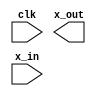
module Lab07_IP (
  clk, x_out, x_in
)/* synthesis syn_black_box syn_noprune=1 */;
  input clk;
  output [4 : 0] x_out;
  input [7 : 0] x_in;
  // synthesis translate_off
  wire sig00000001;
  wire sig00000002;
  wire sig00000003;
  wire sig00000004;
  wire sig00000005;
  wire sig00000006;
  wire sig00000007;
  wire sig00000008;
  wire sig00000009;
  wire sig0000000a;
  wire sig0000000b;
  wire sig0000000c;
  wire sig0000000d;
  wire sig0000000e;
  wire sig0000000f;
  wire sig00000010;
  wire sig00000011;
  wire sig00000012;
  wire sig00000013;
  wire sig00000014;
  wire sig00000015;
  wire sig00000016;
  wire sig00000017;
  wire sig00000018;
  wire sig00000019;
  wire sig0000001a;
  wire sig0000001b;
  wire sig0000001c;
  wire sig0000001d;
  wire sig0000001e;
  wire sig0000001f;
  wire sig00000020;
  wire sig00000021;
  wire sig00000022;
  wire sig00000023;
  wire sig00000024;
  wire sig00000025;
  wire sig00000026;
  wire sig00000027;
  wire sig00000028;
  wire sig00000029;
  wire sig0000002a;
  wire sig0000002b;
  wire sig0000002c;
  wire sig0000002d;
  wire sig0000002e;
  wire \U0/i_synth/gen_sqrt.square_root/gen_iterations[5].gen_last.gen_no_round.gen_sqrt_tmp/d_reg<0> ;
  wire \U0/i_synth/gen_sqrt.square_root/gen_iterations[5].gen_last.gen_no_round.gen_sqrt_tmp/d_reg<1> ;
  wire \U0/i_synth/gen_sqrt.square_root/gen_iterations[5].gen_last.gen_no_round.gen_sqrt_tmp/d_reg<2> ;
  wire \U0/i_synth/gen_sqrt.square_root/gen_iterations[5].gen_last.gen_no_round.gen_sqrt_tmp/d_reg<3> ;
  wire \U0/i_synth/gen_sqrt.square_root/gen_iterations[5].gen_last.gen_no_round.gen_sqrt_tmp/d_reg<4> ;
  wire sig0000002f;
  wire sig00000030;
  wire sig00000031;
  wire sig00000032;
  wire sig00000033;
  wire sig00000034;
  wire sig00000035;
  wire sig00000036;
  wire sig00000037;
  wire sig00000038;
  wire sig00000039;
  wire sig0000003a;
  wire sig0000003b;
  wire sig0000003c;
  wire sig0000003d;
  wire sig0000003e;
  wire sig0000003f;
  wire sig00000040;
  wire sig00000041;
  wire sig00000042;
  wire sig00000043;
  wire \blk0000000c/sig00000064 ;
  wire \blk0000000c/sig00000063 ;
  wire \blk0000000c/sig00000062 ;
  wire \blk0000000c/sig00000061 ;
  wire \blk0000000c/sig00000060 ;
  wire \blk0000000c/sig0000005f ;
  wire \blk0000000c/sig0000005e ;
  wire \blk0000000c/sig0000005d ;
  wire \blk0000000c/sig0000005c ;
  wire \blk0000000c/sig0000005b ;
  wire \blk0000000c/sig0000005a ;
  wire \blk0000000c/sig00000059 ;
  wire \blk0000000c/sig00000058 ;
  wire \blk0000000c/sig00000057 ;
  wire \blk0000000c/sig00000056 ;
  wire \blk0000000c/sig00000054 ;
  wire \blk0000000c/sig0000004e ;
  wire \blk0000002b/sig0000007e ;
  wire \blk0000002b/sig0000007d ;
  wire \blk0000002b/sig0000007c ;
  wire \blk0000002b/sig0000007b ;
  wire \blk0000002b/sig0000007a ;
  wire \blk0000002b/sig00000079 ;
  wire \blk0000002b/sig00000078 ;
  wire \blk0000002b/sig00000077 ;
  wire \blk0000002b/sig00000076 ;
  wire \blk0000002b/sig00000075 ;
  wire \blk0000002b/sig00000074 ;
  wire \blk0000002b/sig00000073 ;
  wire \blk0000002b/sig00000071 ;
  wire \blk0000002b/sig0000006c ;
  wire \blk0000003f/sig000000a4 ;
  wire \blk0000003f/sig000000a3 ;
  wire \blk0000003f/sig000000a2 ;
  wire \blk0000003f/sig000000a1 ;
  wire \blk0000003f/sig000000a0 ;
  wire \blk0000003f/sig0000009f ;
  wire \blk0000003f/sig0000009e ;
  wire \blk0000003f/sig0000009d ;
  wire \blk0000003f/sig0000009c ;
  wire \blk0000003f/sig0000009b ;
  wire \blk0000003f/sig0000009a ;
  wire \blk0000003f/sig00000099 ;
  wire \blk0000003f/sig00000098 ;
  wire \blk0000003f/sig00000097 ;
  wire \blk0000003f/sig00000096 ;
  wire \blk0000003f/sig00000095 ;
  wire \blk0000003f/sig00000094 ;
  wire \blk0000003f/sig00000092 ;
  wire \blk0000003f/sig00000091 ;
  wire \blk0000003f/sig00000090 ;
  wire \blk0000003f/sig0000008f ;
  wire \blk0000003f/sig0000008e ;
  wire \blk0000003f/sig0000008d ;
  wire \blk0000003f/sig0000008c ;
  wire \blk0000003f/sig0000008b ;
  assign
    x_out[4] = \U0/i_synth/gen_sqrt.square_root/gen_iterations[5].gen_last.gen_no_round.gen_sqrt_tmp/d_reg<4> ,
    x_out[3] = \U0/i_synth/gen_sqrt.square_root/gen_iterations[5].gen_last.gen_no_round.gen_sqrt_tmp/d_reg<3> ,
    x_out[2] = \U0/i_synth/gen_sqrt.square_root/gen_iterations[5].gen_last.gen_no_round.gen_sqrt_tmp/d_reg<2> ,
    x_out[1] = \U0/i_synth/gen_sqrt.square_root/gen_iterations[5].gen_last.gen_no_round.gen_sqrt_tmp/d_reg<1> ,
    x_out[0] = \U0/i_synth/gen_sqrt.square_root/gen_iterations[5].gen_last.gen_no_round.gen_sqrt_tmp/d_reg<0> ;
  GND   blk00000001 (
    .G(sig00000001)
  );
  VCC   blk00000002 (
    .P(sig00000002)
  );
  FDRE #(
    .INIT ( 1'b0 ))
  blk00000003 (
    .C(clk),
    .CE(sig00000002),
    .D(sig0000001e),
    .R(sig00000001),
    .Q(sig00000013)
  );
  FDRE #(
    .INIT ( 1'b0 ))
  blk00000004 (
    .C(clk),
    .CE(sig00000002),
    .D(sig0000001d),
    .R(sig00000001),
    .Q(sig00000012)
  );
  FDRE #(
    .INIT ( 1'b0 ))
  blk00000005 (
    .C(clk),
    .CE(sig00000002),
    .D(sig0000001c),
    .R(sig00000001),
    .Q(sig00000011)
  );
  FDRE #(
    .INIT ( 1'b0 ))
  blk00000006 (
    .C(clk),
    .CE(sig00000002),
    .D(sig0000001b),
    .R(sig00000001),
    .Q(sig00000010)
  );
  FDRE #(
    .INIT ( 1'b0 ))
  blk00000007 (
    .C(clk),
    .CE(sig00000002),
    .D(sig0000001a),
    .R(sig00000001),
    .Q(sig0000000f)
  );
  FDRE #(
    .INIT ( 1'b0 ))
  blk00000008 (
    .C(clk),
    .CE(sig00000002),
    .D(sig00000021),
    .R(sig00000001),
    .Q(sig0000000e)
  );
  FDRE #(
    .INIT ( 1'b0 ))
  blk00000009 (
    .C(clk),
    .CE(sig00000002),
    .D(sig00000020),
    .R(sig00000001),
    .Q(sig0000000d)
  );
  FDRE #(
    .INIT ( 1'b0 ))
  blk0000000a (
    .C(clk),
    .CE(sig00000002),
    .D(sig0000001f),
    .R(sig00000001),
    .Q(sig0000000c)
  );
  FDRE #(
    .INIT ( 1'b0 ))
  blk0000000b (
    .C(clk),
    .CE(sig00000002),
    .D(sig00000019),
    .R(sig00000001),
    .Q(sig0000000b)
  );
  FD #(
    .INIT ( 1'b0 ))
  blk00000024 (
    .C(clk),
    .D(sig00000002),
    .Q(sig00000021)
  );
  FD #(
    .INIT ( 1'b0 ))
  blk00000025 (
    .C(clk),
    .D(sig0000003c),
    .Q(sig00000020)
  );
  FD #(
    .INIT ( 1'b0 ))
  blk00000026 (
    .C(clk),
    .D(sig0000002a),
    .Q(sig0000001f)
  );
  FDRE #(
    .INIT ( 1'b0 ))
  blk00000027 (
    .C(clk),
    .CE(sig00000002),
    .D(sig0000002e),
    .R(sig00000001),
    .Q(sig00000025)
  );
  FDRE #(
    .INIT ( 1'b0 ))
  blk00000028 (
    .C(clk),
    .CE(sig00000002),
    .D(sig0000002d),
    .R(sig00000001),
    .Q(sig00000024)
  );
  FDRE #(
    .INIT ( 1'b0 ))
  blk00000029 (
    .C(clk),
    .CE(sig00000002),
    .D(sig0000002c),
    .R(sig00000001),
    .Q(sig00000023)
  );
  FDRE #(
    .INIT ( 1'b0 ))
  blk0000002a (
    .C(clk),
    .CE(sig00000002),
    .D(sig0000002b),
    .R(sig00000001),
    .Q(sig00000022)
  );
  FD #(
    .INIT ( 1'b0 ))
  blk0000005a (
    .C(clk),
    .D(x_in[4]),
    .Q(sig00000003)
  );
  FD #(
    .INIT ( 1'b0 ))
  blk0000005b (
    .C(clk),
    .D(x_in[5]),
    .Q(sig00000004)
  );
  FD #(
    .INIT ( 1'b0 ))
  blk0000005c (
    .C(clk),
    .D(x_in[6]),
    .Q(sig00000005)
  );
  FD #(
    .INIT ( 1'b0 ))
  blk0000005d (
    .C(clk),
    .D(x_in[7]),
    .Q(sig00000006)
  );
  FDRE #(
    .INIT ( 1'b0 ))
  blk0000005e (
    .C(clk),
    .CE(sig00000002),
    .D(sig0000000e),
    .R(sig00000001),
    .Q(sig00000037)
  );
  FDRE #(
    .INIT ( 1'b0 ))
  blk0000005f (
    .C(clk),
    .CE(sig00000002),
    .D(sig0000000d),
    .R(sig00000001),
    .Q(sig00000036)
  );
  FDRE #(
    .INIT ( 1'b0 ))
  blk00000060 (
    .C(clk),
    .CE(sig00000002),
    .D(sig0000000c),
    .R(sig00000001),
    .Q(sig00000035)
  );
  FDRE #(
    .INIT ( 1'b0 ))
  blk00000061 (
    .C(clk),
    .CE(sig00000002),
    .D(sig0000000b),
    .R(sig00000001),
    .Q(sig00000034)
  );
  FDRE #(
    .INIT ( 1'b0 ))
  blk00000062 (
    .C(clk),
    .CE(sig00000002),
    .D(sig00000038),
    .R(sig00000001),
    .Q(sig00000033)
  );
  FDRE #(
    .INIT ( 1'b0 ))
  blk00000063 (
    .C(clk),
    .CE(sig0000003b),
    .D(sig0000003d),
    .R(sig00000001),
    .Q(\U0/i_synth/gen_sqrt.square_root/gen_iterations[5].gen_last.gen_no_round.gen_sqrt_tmp/d_reg<0> )
  );
  FDRE #(
    .INIT ( 1'b0 ))
  blk00000064 (
    .C(clk),
    .CE(sig0000003b),
    .D(sig0000003e),
    .R(sig00000001),
    .Q(\U0/i_synth/gen_sqrt.square_root/gen_iterations[5].gen_last.gen_no_round.gen_sqrt_tmp/d_reg<1> )
  );
  FDRE #(
    .INIT ( 1'b0 ))
  blk00000065 (
    .C(clk),
    .CE(sig0000003b),
    .D(sig0000003f),
    .R(sig00000001),
    .Q(\U0/i_synth/gen_sqrt.square_root/gen_iterations[5].gen_last.gen_no_round.gen_sqrt_tmp/d_reg<2> )
  );
  FDRE #(
    .INIT ( 1'b0 ))
  blk00000066 (
    .C(clk),
    .CE(sig0000003b),
    .D(sig00000040),
    .R(sig00000001),
    .Q(\U0/i_synth/gen_sqrt.square_root/gen_iterations[5].gen_last.gen_no_round.gen_sqrt_tmp/d_reg<3> )
  );
  FDRE #(
    .INIT ( 1'b0 ))
  blk00000067 (
    .C(clk),
    .CE(sig0000003b),
    .D(sig00000041),
    .R(sig00000001),
    .Q(\U0/i_synth/gen_sqrt.square_root/gen_iterations[5].gen_last.gen_no_round.gen_sqrt_tmp/d_reg<4> )
  );
  FD #(
    .INIT ( 1'b0 ))
  blk00000068 (
    .C(clk),
    .D(sig00000021),
    .Q(sig00000039)
  );
  FD #(
    .INIT ( 1'b0 ))
  blk00000069 (
    .C(clk),
    .D(sig00000039),
    .Q(sig0000003a)
  );
  FD #(
    .INIT ( 1'b0 ))
  blk0000006a (
    .C(clk),
    .D(sig0000003a),
    .Q(sig0000003b)
  );
  LUT3 #(
    .INIT ( 8'hAC ))
  blk0000006b (
    .I0(sig00000024),
    .I1(sig00000018),
    .I2(sig00000019),
    .O(sig0000001e)
  );
  LUT3 #(
    .INIT ( 8'hAC ))
  blk0000006c (
    .I0(sig00000023),
    .I1(sig00000017),
    .I2(sig00000019),
    .O(sig0000001d)
  );
  LUT3 #(
    .INIT ( 8'hAC ))
  blk0000006d (
    .I0(sig00000022),
    .I1(sig00000016),
    .I2(sig00000019),
    .O(sig0000001c)
  );
  LUT3 #(
    .INIT ( 8'hAC ))
  blk0000006e (
    .I0(sig0000000a),
    .I1(sig00000015),
    .I2(sig00000019),
    .O(sig0000001b)
  );
  LUT3 #(
    .INIT ( 8'hAC ))
  blk0000006f (
    .I0(sig00000009),
    .I1(sig00000014),
    .I2(sig00000019),
    .O(sig0000001a)
  );
  LUT2 #(
    .INIT ( 4'h8 ))
  blk00000070 (
    .I0(sig00000005),
    .I1(sig00000006),
    .O(sig00000043)
  );
  LUT2 #(
    .INIT ( 4'h1 ))
  blk00000071 (
    .I0(sig00000005),
    .I1(sig00000006),
    .O(sig0000003c)
  );
  LUT2 #(
    .INIT ( 4'h4 ))
  blk00000072 (
    .I0(sig00000005),
    .I1(sig00000006),
    .O(sig00000042)
  );
  LUT3 #(
    .INIT ( 8'hAC ))
  blk00000073 (
    .I0(sig00000043),
    .I1(sig00000029),
    .I2(sig0000002a),
    .O(sig0000002e)
  );
  LUT3 #(
    .INIT ( 8'hAC ))
  blk00000074 (
    .I0(sig00000042),
    .I1(sig00000028),
    .I2(sig0000002a),
    .O(sig0000002d)
  );
  LUT3 #(
    .INIT ( 8'hAC ))
  blk00000075 (
    .I0(sig00000004),
    .I1(sig00000027),
    .I2(sig0000002a),
    .O(sig0000002c)
  );
  LUT3 #(
    .INIT ( 8'hAC ))
  blk00000076 (
    .I0(sig00000003),
    .I1(sig00000026),
    .I2(sig0000002a),
    .O(sig0000002b)
  );
  INV   blk00000077 (
    .I(sig00000037),
    .O(sig00000041)
  );
  INV   blk00000078 (
    .I(sig00000036),
    .O(sig00000040)
  );
  INV   blk00000079 (
    .I(sig00000035),
    .O(sig0000003f)
  );
  INV   blk0000007a (
    .I(sig00000034),
    .O(sig0000003e)
  );
  INV   blk0000007b (
    .I(sig00000033),
    .O(sig0000003d)
  );
  SRL16 #(
    .INIT ( 16'h0000 ))
  blk0000007c (
    .A0(sig00000001),
    .A1(sig00000001),
    .A2(sig00000001),
    .A3(sig00000001),
    .CLK(clk),
    .D(x_in[3]),
    .Q(sig00000008)
  );
  FD #(
    .INIT ( 1'b0 ))
  blk0000007d (
    .C(clk),
    .D(sig00000008),
    .Q(sig0000000a)
  );
  SRL16 #(
    .INIT ( 16'h0000 ))
  blk0000007e (
    .A0(sig00000001),
    .A1(sig00000001),
    .A2(sig00000001),
    .A3(sig00000001),
    .CLK(clk),
    .D(x_in[2]),
    .Q(sig00000007)
  );
  FD #(
    .INIT ( 1'b0 ))
  blk0000007f (
    .C(clk),
    .D(sig00000007),
    .Q(sig00000009)
  );
  SRL16 #(
    .INIT ( 16'h0000 ))
  blk00000080 (
    .A0(sig00000002),
    .A1(sig00000001),
    .A2(sig00000001),
    .A3(sig00000001),
    .CLK(clk),
    .D(x_in[1]),
    .Q(sig00000030)
  );
  FD #(
    .INIT ( 1'b0 ))
  blk00000081 (
    .C(clk),
    .D(sig00000030),
    .Q(sig00000032)
  );
  SRL16 #(
    .INIT ( 16'h0000 ))
  blk00000082 (
    .A0(sig00000002),
    .A1(sig00000001),
    .A2(sig00000001),
    .A3(sig00000001),
    .CLK(clk),
    .D(x_in[0]),
    .Q(sig0000002f)
  );
  FD #(
    .INIT ( 1'b0 ))
  blk00000083 (
    .C(clk),
    .D(sig0000002f),
    .Q(sig00000031)
  );
  INV   \blk0000000c/blk00000023  (
    .I(sig00000009),
    .O(\blk0000000c/sig0000005e )
  );
  INV   \blk0000000c/blk00000022  (
    .I(sig0000000a),
    .O(\blk0000000c/sig0000005f )
  );
  INV   \blk0000000c/blk00000021  (
    .I(sig00000025),
    .O(\blk0000000c/sig00000063 )
  );
  LUT2 #(
    .INIT ( 4'h6 ))
  \blk0000000c/blk00000020  (
    .I0(sig0000001f),
    .I1(sig00000022),
    .O(\blk0000000c/sig00000060 )
  );
  LUT2 #(
    .INIT ( 4'h6 ))
  \blk0000000c/blk0000001f  (
    .I0(sig00000020),
    .I1(sig00000023),
    .O(\blk0000000c/sig00000061 )
  );
  LUT2 #(
    .INIT ( 4'h6 ))
  \blk0000000c/blk0000001e  (
    .I0(sig00000021),
    .I1(sig00000024),
    .O(\blk0000000c/sig00000062 )
  );
  MUXCY   \blk0000000c/blk0000001d  (
    .CI(\blk0000000c/sig0000004e ),
    .DI(sig00000009),
    .S(\blk0000000c/sig0000005e ),
    .O(\blk0000000c/sig00000057 )
  );
  XORCY   \blk0000000c/blk0000001c  (
    .CI(\blk0000000c/sig0000004e ),
    .LI(\blk0000000c/sig0000005e ),
    .O(sig00000014)
  );
  XORCY   \blk0000000c/blk0000001b  (
    .CI(\blk0000000c/sig0000005d ),
    .LI(\blk0000000c/sig00000064 ),
    .O(\blk0000000c/sig00000056 )
  );
  MUXCY   \blk0000000c/blk0000001a  (
    .CI(\blk0000000c/sig00000057 ),
    .DI(sig0000000a),
    .S(\blk0000000c/sig0000005f ),
    .O(\blk0000000c/sig00000058 )
  );
  XORCY   \blk0000000c/blk00000019  (
    .CI(\blk0000000c/sig00000057 ),
    .LI(\blk0000000c/sig0000005f ),
    .O(sig00000015)
  );
  MUXCY   \blk0000000c/blk00000018  (
    .CI(\blk0000000c/sig00000058 ),
    .DI(sig00000022),
    .S(\blk0000000c/sig00000060 ),
    .O(\blk0000000c/sig00000059 )
  );
  XORCY   \blk0000000c/blk00000017  (
    .CI(\blk0000000c/sig00000058 ),
    .LI(\blk0000000c/sig00000060 ),
    .O(sig00000016)
  );
  MUXCY   \blk0000000c/blk00000016  (
    .CI(\blk0000000c/sig00000059 ),
    .DI(sig00000023),
    .S(\blk0000000c/sig00000061 ),
    .O(\blk0000000c/sig0000005a )
  );
  XORCY   \blk0000000c/blk00000015  (
    .CI(\blk0000000c/sig00000059 ),
    .LI(\blk0000000c/sig00000061 ),
    .O(sig00000017)
  );
  MUXCY   \blk0000000c/blk00000014  (
    .CI(\blk0000000c/sig0000005a ),
    .DI(sig00000024),
    .S(\blk0000000c/sig00000062 ),
    .O(\blk0000000c/sig0000005b )
  );
  XORCY   \blk0000000c/blk00000013  (
    .CI(\blk0000000c/sig0000005a ),
    .LI(\blk0000000c/sig00000062 ),
    .O(sig00000018)
  );
  MUXCY   \blk0000000c/blk00000012  (
    .CI(\blk0000000c/sig0000005b ),
    .DI(sig00000025),
    .S(\blk0000000c/sig00000063 ),
    .O(\blk0000000c/sig0000005c )
  );
  XORCY   \blk0000000c/blk00000011  (
    .CI(\blk0000000c/sig0000005b ),
    .LI(\blk0000000c/sig00000063 ),
    .O(\blk0000000c/sig00000054 )
  );
  MUXCY   \blk0000000c/blk00000010  (
    .CI(\blk0000000c/sig0000005c ),
    .DI(sig00000001),
    .S(\blk0000000c/sig00000064 ),
    .O(\blk0000000c/sig0000005d )
  );
  XORCY   \blk0000000c/blk0000000f  (
    .CI(\blk0000000c/sig0000005c ),
    .LI(\blk0000000c/sig00000064 ),
    .O(sig00000019)
  );
  VCC   \blk0000000c/blk0000000e  (
    .P(\blk0000000c/sig00000064 )
  );
  GND   \blk0000000c/blk0000000d  (
    .G(\blk0000000c/sig0000004e )
  );
  INV   \blk0000002b/blk0000003e  (
    .I(sig00000043),
    .O(\blk0000002b/sig0000007d )
  );
  INV   \blk0000002b/blk0000003d  (
    .I(sig00000003),
    .O(\blk0000002b/sig0000007a )
  );
  INV   \blk0000002b/blk0000003c  (
    .I(sig00000004),
    .O(\blk0000002b/sig0000007b )
  );
  LUT2 #(
    .INIT ( 4'h6 ))
  \blk0000002b/blk0000003b  (
    .I0(sig0000003c),
    .I1(sig00000042),
    .O(\blk0000002b/sig0000007c )
  );
  MUXCY   \blk0000002b/blk0000003a  (
    .CI(\blk0000002b/sig0000006c ),
    .DI(sig00000003),
    .S(\blk0000002b/sig0000007a ),
    .O(\blk0000002b/sig00000074 )
  );
  XORCY   \blk0000002b/blk00000039  (
    .CI(\blk0000002b/sig0000006c ),
    .LI(\blk0000002b/sig0000007a ),
    .O(sig00000026)
  );
  XORCY   \blk0000002b/blk00000038  (
    .CI(\blk0000002b/sig00000079 ),
    .LI(\blk0000002b/sig0000007e ),
    .O(\blk0000002b/sig00000073 )
  );
  MUXCY   \blk0000002b/blk00000037  (
    .CI(\blk0000002b/sig00000074 ),
    .DI(sig00000004),
    .S(\blk0000002b/sig0000007b ),
    .O(\blk0000002b/sig00000075 )
  );
  XORCY   \blk0000002b/blk00000036  (
    .CI(\blk0000002b/sig00000074 ),
    .LI(\blk0000002b/sig0000007b ),
    .O(sig00000027)
  );
  MUXCY   \blk0000002b/blk00000035  (
    .CI(\blk0000002b/sig00000075 ),
    .DI(sig00000042),
    .S(\blk0000002b/sig0000007c ),
    .O(\blk0000002b/sig00000076 )
  );
  XORCY   \blk0000002b/blk00000034  (
    .CI(\blk0000002b/sig00000075 ),
    .LI(\blk0000002b/sig0000007c ),
    .O(sig00000028)
  );
  MUXCY   \blk0000002b/blk00000033  (
    .CI(\blk0000002b/sig00000076 ),
    .DI(sig00000043),
    .S(\blk0000002b/sig0000007d ),
    .O(\blk0000002b/sig00000077 )
  );
  XORCY   \blk0000002b/blk00000032  (
    .CI(\blk0000002b/sig00000076 ),
    .LI(\blk0000002b/sig0000007d ),
    .O(sig00000029)
  );
  MUXCY   \blk0000002b/blk00000031  (
    .CI(\blk0000002b/sig00000077 ),
    .DI(sig00000001),
    .S(\blk0000002b/sig0000007e ),
    .O(\blk0000002b/sig00000078 )
  );
  XORCY   \blk0000002b/blk00000030  (
    .CI(\blk0000002b/sig00000077 ),
    .LI(\blk0000002b/sig0000007e ),
    .O(\blk0000002b/sig00000071 )
  );
  MUXCY   \blk0000002b/blk0000002f  (
    .CI(\blk0000002b/sig00000078 ),
    .DI(sig00000001),
    .S(\blk0000002b/sig0000007e ),
    .O(\blk0000002b/sig00000079 )
  );
  XORCY   \blk0000002b/blk0000002e  (
    .CI(\blk0000002b/sig00000078 ),
    .LI(\blk0000002b/sig0000007e ),
    .O(sig0000002a)
  );
  VCC   \blk0000002b/blk0000002d  (
    .P(\blk0000002b/sig0000007e )
  );
  GND   \blk0000002b/blk0000002c  (
    .G(\blk0000002b/sig0000006c )
  );
  INV   \blk0000003f/blk00000059  (
    .I(sig00000031),
    .O(\blk0000003f/sig0000009d )
  );
  INV   \blk0000003f/blk00000058  (
    .I(sig00000032),
    .O(\blk0000003f/sig0000009e )
  );
  INV   \blk0000003f/blk00000057  (
    .I(sig00000013),
    .O(\blk0000003f/sig000000a3 )
  );
  LUT2 #(
    .INIT ( 4'h6 ))
  \blk0000003f/blk00000056  (
    .I0(sig0000000b),
    .I1(sig0000000f),
    .O(\blk0000003f/sig0000009f )
  );
  LUT2 #(
    .INIT ( 4'h6 ))
  \blk0000003f/blk00000055  (
    .I0(sig0000000c),
    .I1(sig00000010),
    .O(\blk0000003f/sig000000a0 )
  );
  LUT2 #(
    .INIT ( 4'h6 ))
  \blk0000003f/blk00000054  (
    .I0(sig0000000d),
    .I1(sig00000011),
    .O(\blk0000003f/sig000000a1 )
  );
  LUT2 #(
    .INIT ( 4'h6 ))
  \blk0000003f/blk00000053  (
    .I0(sig0000000e),
    .I1(sig00000012),
    .O(\blk0000003f/sig000000a2 )
  );
  MUXCY   \blk0000003f/blk00000052  (
    .CI(\blk0000003f/sig0000008b ),
    .DI(sig00000031),
    .S(\blk0000003f/sig0000009d ),
    .O(\blk0000003f/sig00000095 )
  );
  XORCY   \blk0000003f/blk00000051  (
    .CI(\blk0000003f/sig0000008b ),
    .LI(\blk0000003f/sig0000009d ),
    .O(\blk0000003f/sig0000008c )
  );
  XORCY   \blk0000003f/blk00000050  (
    .CI(\blk0000003f/sig0000009c ),
    .LI(\blk0000003f/sig000000a4 ),
    .O(\blk0000003f/sig00000094 )
  );
  MUXCY   \blk0000003f/blk0000004f  (
    .CI(\blk0000003f/sig00000095 ),
    .DI(sig00000032),
    .S(\blk0000003f/sig0000009e ),
    .O(\blk0000003f/sig00000096 )
  );
  XORCY   \blk0000003f/blk0000004e  (
    .CI(\blk0000003f/sig00000095 ),
    .LI(\blk0000003f/sig0000009e ),
    .O(\blk0000003f/sig0000008d )
  );
  MUXCY   \blk0000003f/blk0000004d  (
    .CI(\blk0000003f/sig00000096 ),
    .DI(sig0000000f),
    .S(\blk0000003f/sig0000009f ),
    .O(\blk0000003f/sig00000097 )
  );
  XORCY   \blk0000003f/blk0000004c  (
    .CI(\blk0000003f/sig00000096 ),
    .LI(\blk0000003f/sig0000009f ),
    .O(\blk0000003f/sig0000008e )
  );
  MUXCY   \blk0000003f/blk0000004b  (
    .CI(\blk0000003f/sig00000097 ),
    .DI(sig00000010),
    .S(\blk0000003f/sig000000a0 ),
    .O(\blk0000003f/sig00000098 )
  );
  XORCY   \blk0000003f/blk0000004a  (
    .CI(\blk0000003f/sig00000097 ),
    .LI(\blk0000003f/sig000000a0 ),
    .O(\blk0000003f/sig0000008f )
  );
  MUXCY   \blk0000003f/blk00000049  (
    .CI(\blk0000003f/sig00000098 ),
    .DI(sig00000011),
    .S(\blk0000003f/sig000000a1 ),
    .O(\blk0000003f/sig00000099 )
  );
  XORCY   \blk0000003f/blk00000048  (
    .CI(\blk0000003f/sig00000098 ),
    .LI(\blk0000003f/sig000000a1 ),
    .O(\blk0000003f/sig00000090 )
  );
  MUXCY   \blk0000003f/blk00000047  (
    .CI(\blk0000003f/sig00000099 ),
    .DI(sig00000012),
    .S(\blk0000003f/sig000000a2 ),
    .O(\blk0000003f/sig0000009a )
  );
  XORCY   \blk0000003f/blk00000046  (
    .CI(\blk0000003f/sig00000099 ),
    .LI(\blk0000003f/sig000000a2 ),
    .O(\blk0000003f/sig00000091 )
  );
  MUXCY   \blk0000003f/blk00000045  (
    .CI(\blk0000003f/sig0000009a ),
    .DI(sig00000013),
    .S(\blk0000003f/sig000000a3 ),
    .O(\blk0000003f/sig0000009b )
  );
  XORCY   \blk0000003f/blk00000044  (
    .CI(\blk0000003f/sig0000009a ),
    .LI(\blk0000003f/sig000000a3 ),
    .O(\blk0000003f/sig00000092 )
  );
  MUXCY   \blk0000003f/blk00000043  (
    .CI(\blk0000003f/sig0000009b ),
    .DI(sig00000001),
    .S(\blk0000003f/sig000000a4 ),
    .O(\blk0000003f/sig0000009c )
  );
  XORCY   \blk0000003f/blk00000042  (
    .CI(\blk0000003f/sig0000009b ),
    .LI(\blk0000003f/sig000000a4 ),
    .O(sig00000038)
  );
  VCC   \blk0000003f/blk00000041  (
    .P(\blk0000003f/sig000000a4 )
  );
  GND   \blk0000003f/blk00000040  (
    .G(\blk0000003f/sig0000008b )
  );
// synthesis translate_on
endmodule